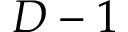
D - 1